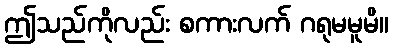
ဤသည်ကိုလည်း စကားလက် ဂရုမမူမိ။